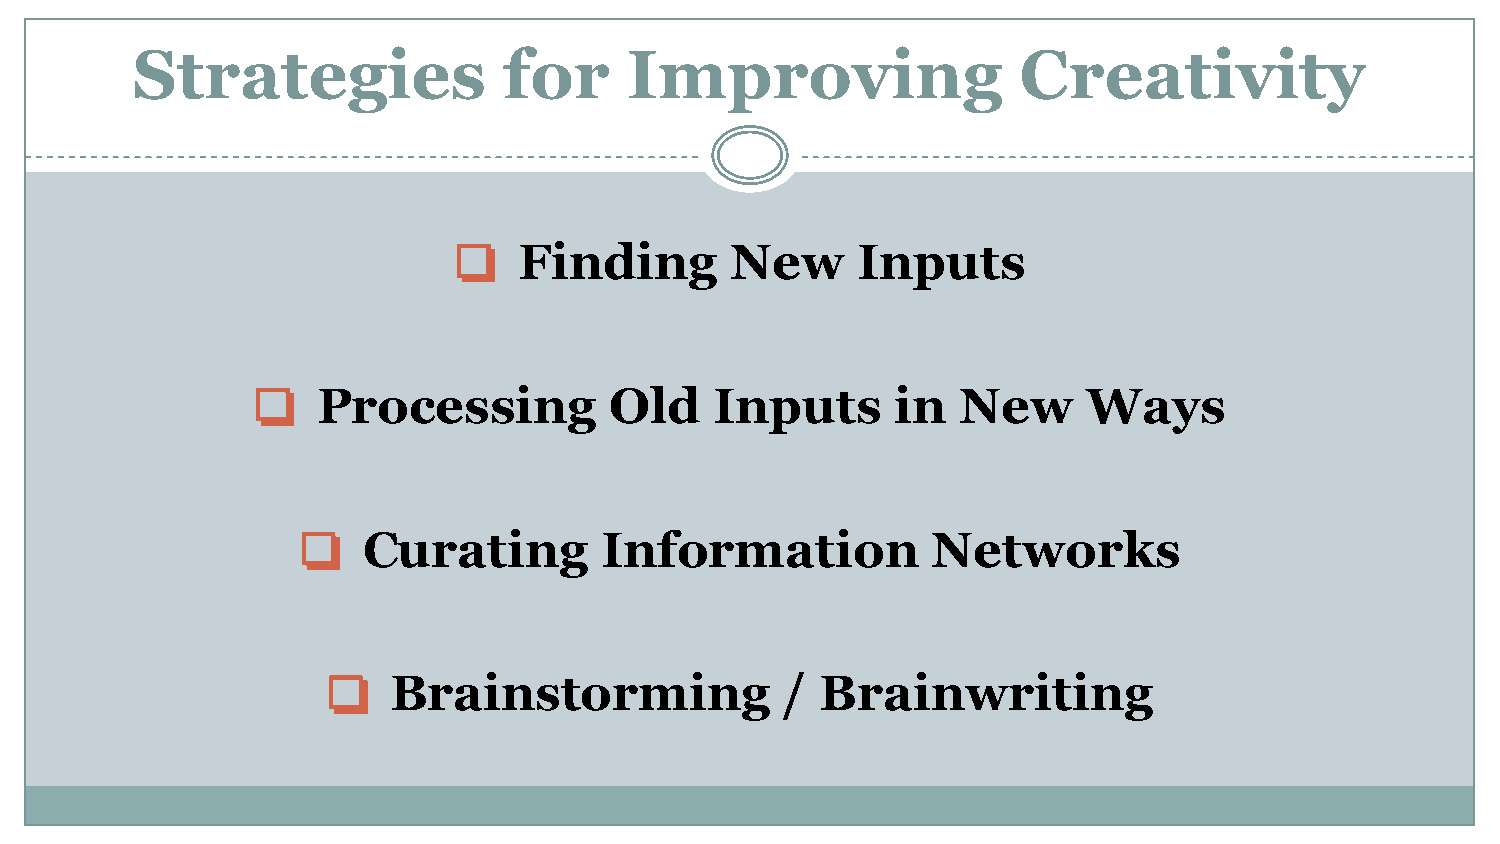
Strategies              for      Improving                Creativity
 ❏   Finding       New      Inputs
 ❏   Processing         Old    Inputs      in   New     Ways
 ❏   Curating        Information           Networks
 ❏   Brainstorming             / Brainwriting